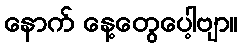
နောက် နေ့တွေပေါ့ဗျာ။